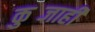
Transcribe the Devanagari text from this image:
कुब्जाही